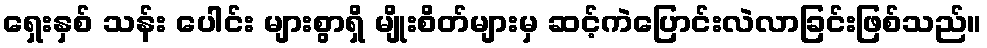
ရှေးနှစ် သန်း ပေါင်း များစွာရှိ မျိုးစိတ်များမှ ဆင့်ကဲပြောင်းလဲလာခြင်းဖြစ်သည်။